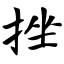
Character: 挫